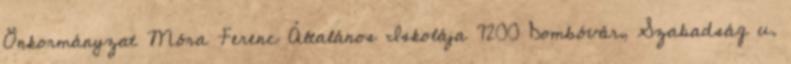
Önkormányzat Móra Ferenc Általános Iskolája 7200 Dombóvár, Szabadság u.